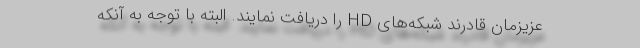
عزیزمان قادرند شبکه‌های HD را دریافت نمایند. البته با توجه به آنکه